Report on inoculation in the plague infected areas of the Punjab and its dependencies from October 1900 to September 1901
Year: 1900
Disease focus: Plague
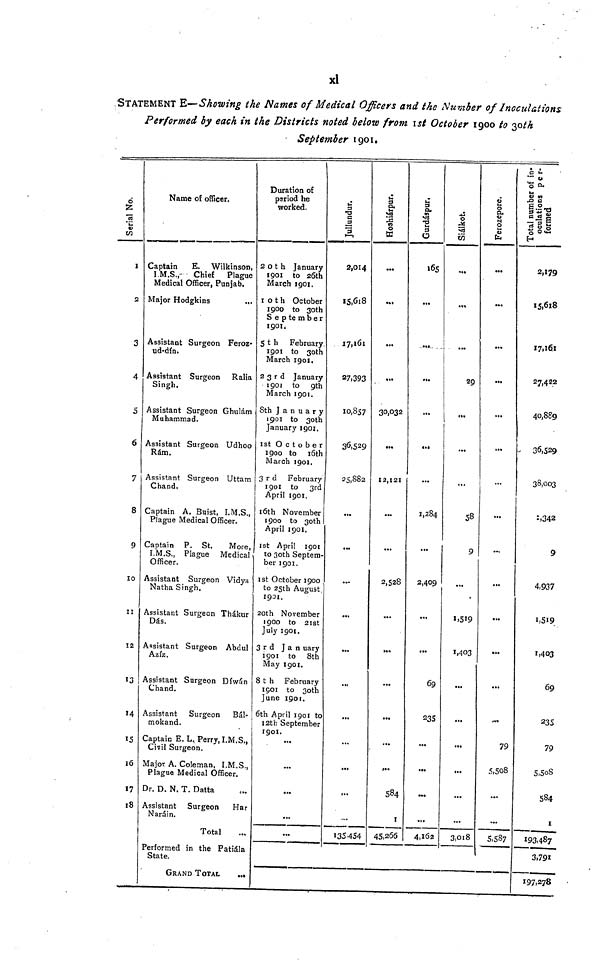
xl
STATEMENT E— Showing the Names of Medical Officers and the Number of Inoculations
Performed by each in the Districts noted below from 1st October 1900 to 30th
September 1901.
Serial No.
1
2
3
4
5
6
7
8
9
10
11
Ï2
13
14
15
36
17
18
Name of officer.
Captain
E. Wilkinson,
I.M.S.,- Chief Plague
Medical Officer, Punjab.
Major Hodgkins
...
Assistant Surgeon Feroz-
ud-dín.
Assistant Surgeon Ralia
Singh.
Assistant Surgeon Ghulám
Muhammad.
Assistant Surgeon Udhoo
Rám,
Assistant Surgeon Uttam
Chand,
Captain A. Buist, I.M.S.,
Plague Medical Officer.
Captain P. St.
More,
I.M.S., Plague Medical
Officer.
Assistant Surgeon Vidya
Natha Singh.
Assistant Surgeon Thákur
Dás.
Assistant Surgeon Abdul
Azíz.
Assistant Surgeon Díwán
Chand.
Assistant Surgeon Bál-
mokand.
Captain E. L. Perry, I.M.S.,
Civil Surgeon.
Major A. Coleman, I.M.S.,
Plague Medical Officer.
Dr. D. N. T. Datta
Assistant Surgeon Har
Naráin.
Total
Performed in the Patiála
State.
GRAND TOTAL
...
Duration of
period he
worked.
20th January
1901 to 26th
March 1901.
10th October
1900 to 30th
September
1901
5th February.
1901 to 30th
March 1901.
23rd January
1901 to 9th
March 1901.
8th January
1901 to 30th
January 1901.
1st October
1900 to 16th
March 1901.
3rd
February
1901 to 3rd
April 1901.
16th November
1900 to 30th
April 1901.
1st April 1901
to 30th Septem-
ber 1901.
1st October 1900
to 25th August
1901.
20th November
1900 to 21st
July 1901.
3rd January
1901 to 8th
May 1901.
8 t h February
1901 to 30th
June 1901.
6th April 1901 to
12tb September
1901.
...
•••
...
...
...
Julundur.
2,014
15,618
17,161
27,393
10,857
36,529
25,882
...
...
...
..«
...
..
...
...
...
135,454
Hoshiárpur.
...
...
...
30,032
...
12,121
...
...
2,528
o«.
...
...
...
a«.
584
1
45,266
Gurdáspur.
165
...
...
....
...
1,284
...
3,409
...
».
69
235
...
••»
...
4,162
Siálkot.
29
...
58
9
...
1,519
1,403
...
...
...
...
...
3,018
Ferozepore.
...
...
...
...
.
...
...
...
t».
...
79
5,508
...
5,587
Total
number of in-
culations per-
formed
2,179
15,618
17,161
27,422
40,889
36,529
38,003
1,342
9
4,937
1,519
1,403
69
235
79
5,5oS
584
1
193,487
3,791
197,278